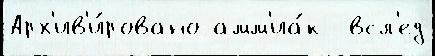
Арх'ив'и́ровано амм'иа́к  всл'ед